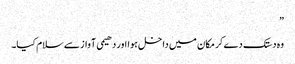
”
وہ دستک دے کر مکان میں داخل ہوا اور دھیمی آواز سے سلام کیا۔